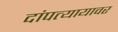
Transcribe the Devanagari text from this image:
दांपत्यायावर